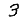
Digit: 3